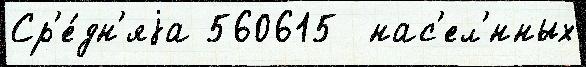
Ср'е́дн'яjа 560615  нас'ел'́нных